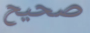
صحيح